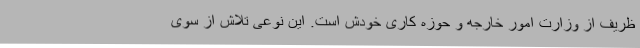
ظریف از وزارت امور خارجه و حوزه کاری خودش است. این نوعی تلاش از سوی